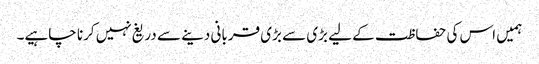
ہمیں اس کی حفاظت کے لیے بڑی سے بڑی قربانی دینے سے دریغ نہیں کرنا چاہیے۔